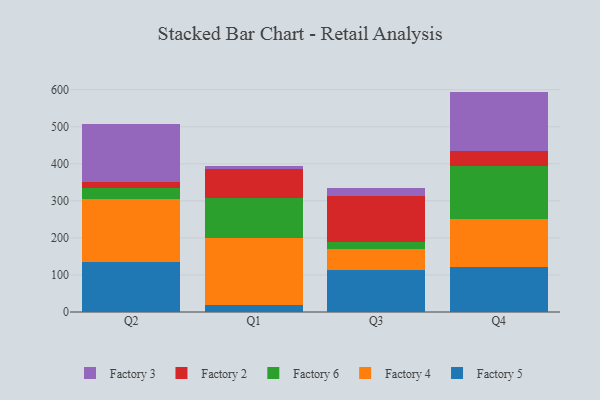
{"axis": {"x": "Quarter", "y": "Customer Acquisition Cost (USD)"}, "legend": ["Factory 2", "Factory 3", "Factory 4", "Factory 5", "Factory 6"], "data": [{"x": "Q2", "y": 133.7, "type": "Factory 5"}, {"x": "Q2", "y": 170.6, "type": "Factory 4"}, {"x": "Q2", "y": 30.1, "type": "Factory 6"}, {"x": "Q2", "y": 16.0, "type": "Factory 2"}, {"x": "Q2", "y": 158.4, "type": "Factory 3"}, {"x": "Q1", "y": 19.1, "type": "Factory 5"}, {"x": "Q1", "y": 179.9, "type": "Factory 4"}, {"x": "Q1", "y": 108.3, "type": "Factory 6"}, {"x": "Q1", "y": 79.9, "type": "Factory 2"}, {"x": "Q1", "y": 7.6, "type": "Factory 3"}, {"x": "Q3", "y": 114.6, "type": "Factory 5"}, {"x": "Q3", "y": 56.3, "type": "Factory 4"}, {"x": "Q3", "y": 17.5, "type": "Factory 6"}, {"x": "Q3", "y": 125.7, "type": "Factory 2"}, {"x": "Q3", "y": 20.5, "type": "Factory 3"}, {"x": "Q4", "y": 122.2, "type": "Factory 5"}, {"x": "Q4", "y": 128.9, "type": "Factory 4"}, {"x": "Q4", "y": 142.3, "type": "Factory 6"}, {"x": "Q4", "y": 40.5, "type": "Factory 2"}, {"x": "Q4", "y": 161.0, "type": "Factory 3"}]}